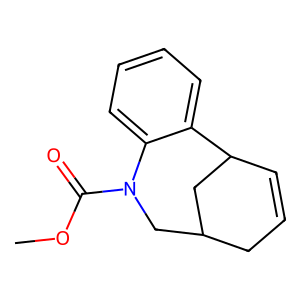
SMILES: COC(=O)N1CC2CC=CC(C2)c2ccccc21
Inhibits HIV replication: No